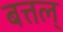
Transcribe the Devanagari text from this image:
बत्तल्